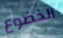
الخضوع